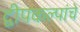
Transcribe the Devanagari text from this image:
द्वीपकल्पांचे